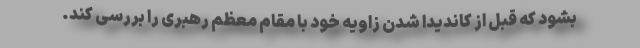
بشود که قبل از کاندیدا شدن زاویه خود با مقام معظم رهبری را بررسی کند.